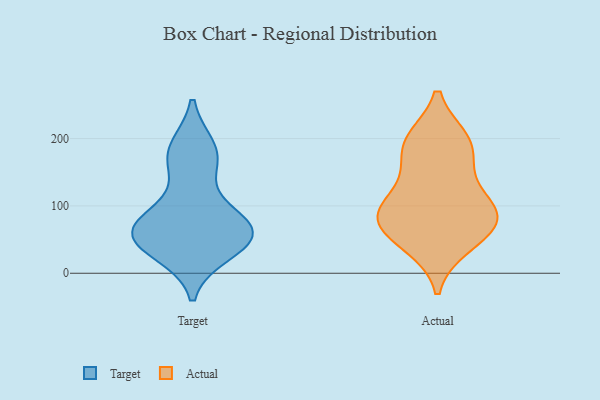
{"axis": {"x": "Page Views", "y": "Value"}, "legend": ["Actual", "Target"], "data": [{"x": "", "y": 176, "type": "Target"}, {"x": "", "y": 33, "type": "Target"}, {"x": "", "y": 84, "type": "Target"}, {"x": "", "y": 59, "type": "Target"}, {"x": "", "y": 57, "type": "Target"}, {"x": "", "y": 51, "type": "Target"}, {"x": "", "y": 63, "type": "Target"}, {"x": "", "y": 184, "type": "Target"}, {"x": "", "y": 165, "type": "Target"}, {"x": "", "y": 48, "type": "Target"}, {"x": "", "y": 81, "type": "Target"}, {"x": "", "y": 41, "type": "Actual"}, {"x": "", "y": 46, "type": "Actual"}, {"x": "", "y": 198, "type": "Actual"}, {"x": "", "y": 73, "type": "Actual"}, {"x": "", "y": 76, "type": "Actual"}, {"x": "", "y": 198, "type": "Actual"}, {"x": "", "y": 137, "type": "Actual"}, {"x": "", "y": 99, "type": "Actual"}, {"x": "", "y": 193, "type": "Actual"}, {"x": "", "y": 92, "type": "Actual"}, {"x": "", "y": 95, "type": "Actual"}, {"x": "", "y": 82, "type": "Actual"}, {"x": "", "y": 163, "type": "Actual"}]}